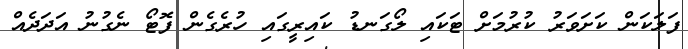
ފަލަކަން ކަށަވަރު ކުރުމަށް ޓަކައި ލޯގަނޑު ކައިރީގައި ހުރެގެން ފޮޓޯ ނެގުނު އަދަދެއް